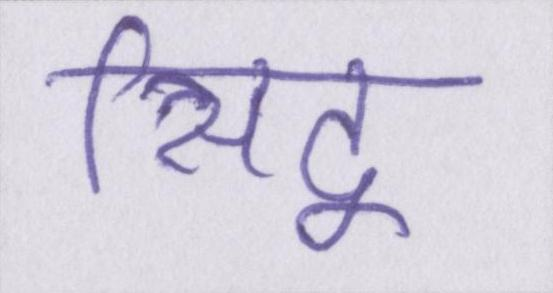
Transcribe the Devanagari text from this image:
सिद्व